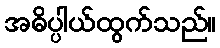
အဓိပ္ပါယ်ထွက်သည်။